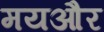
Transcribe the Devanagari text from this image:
मयऔर